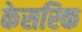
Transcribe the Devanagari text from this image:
केसरिक